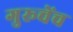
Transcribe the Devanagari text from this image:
गुरूचेंच